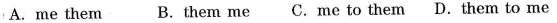
A.me them B.them me C.me to them D.them to me